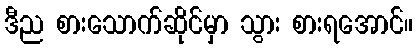
ဒီည စားသောက်ဆိုင်မှာ သွား စားရအောင်။